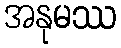
အနုမဿ